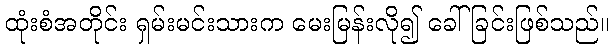
ထုံးစံအတိုင်း ရှမ်းမင်းသားက မေးမြန်းလို၍ ခေါ်ခြင်းဖြစ်သည်။